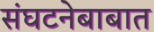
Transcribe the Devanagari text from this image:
संघटनेबाबात